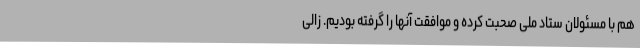
هم با مسئولان ستاد ملی صحبت کرده و موافقت آنها را گرفته بودیم. زالی